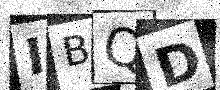
Text: IBQD